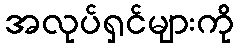
အလုပ်ရှင်များကို